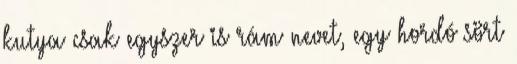
kutya csak egyszer is rám nevet, egy hordó sört